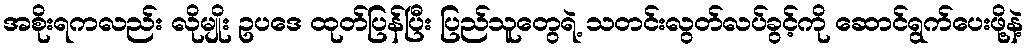
အစိုးရကလည်း လိုမျိုး ဥပဒေ ထုတ်ပြန်ပြီး ပြည်သူတွေရဲ့ သတင်းလွတ်လပ်ခွင့်ကို ဆောင်ရွက်ပေးဖို့နဲ့